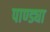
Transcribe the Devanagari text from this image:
पाण्ड्या